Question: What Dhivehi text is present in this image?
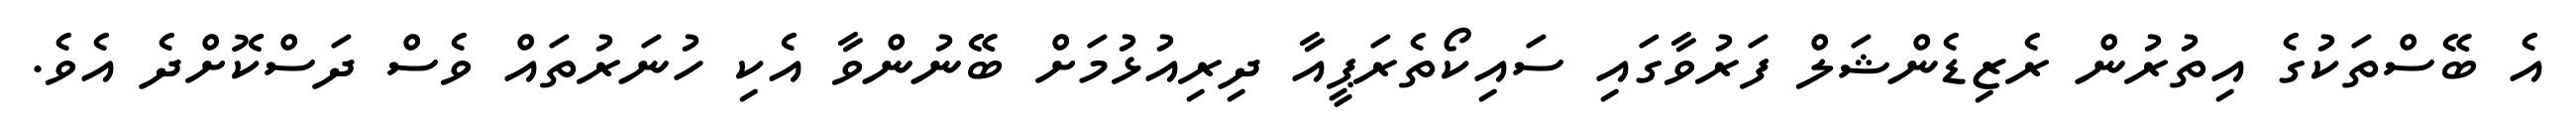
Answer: އެ ބޭސްތަކުގެ އިތުރުން ރެޒިޑެންޝަލް ފަރުވާގައި ސައިކޯތެރަޕީއާ ދިރިއުޅުމަށް ބޭނުންވާ އެކި ހުނަރުތައް ވެސް ދަސްކޮށްދެ އެވެ.